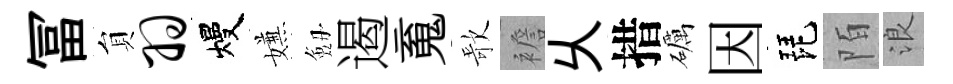
冨貟羽熳嫌劔遏䰟歌襜乆措礪因琵陌浪